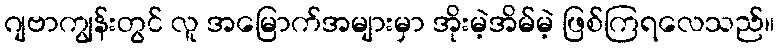
ဂျဗာကျွန်းတွင် လူ အမြောက်အများမှာ အိုးမဲ့အိမ်မဲ့ ဖြစ်ကြရလေသည်။